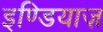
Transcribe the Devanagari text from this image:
इण्डियाज़